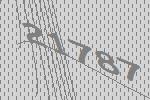
21787